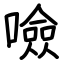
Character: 噞